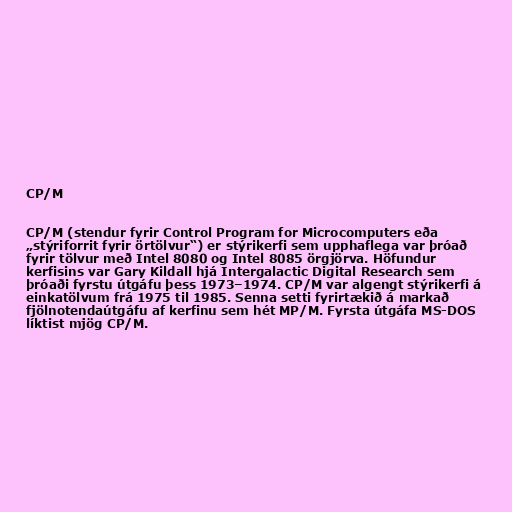
CP/M

CP/M (stendur fyrir Control Program for Microcomputers eða
„stýriforrit fyrir örtölvur“) er stýrikerfi sem upphaflega var þróað
fyrir tölvur með Intel 8080 og Intel 8085 örgjörva. Höfundur
kerfisins var Gary Kildall hjá Intergalactic Digital Research sem
þróaði fyrstu útgáfu þess 1973–1974. CP/M var algengt stýrikerfi á
einkatölvum frá 1975 til 1985. Senna setti fyrirtækið á markað
fjölnotendaútgáfu af kerfinu sem hét MP/M. Fyrsta útgáfa MS-DOS
líktist mjög CP/M.